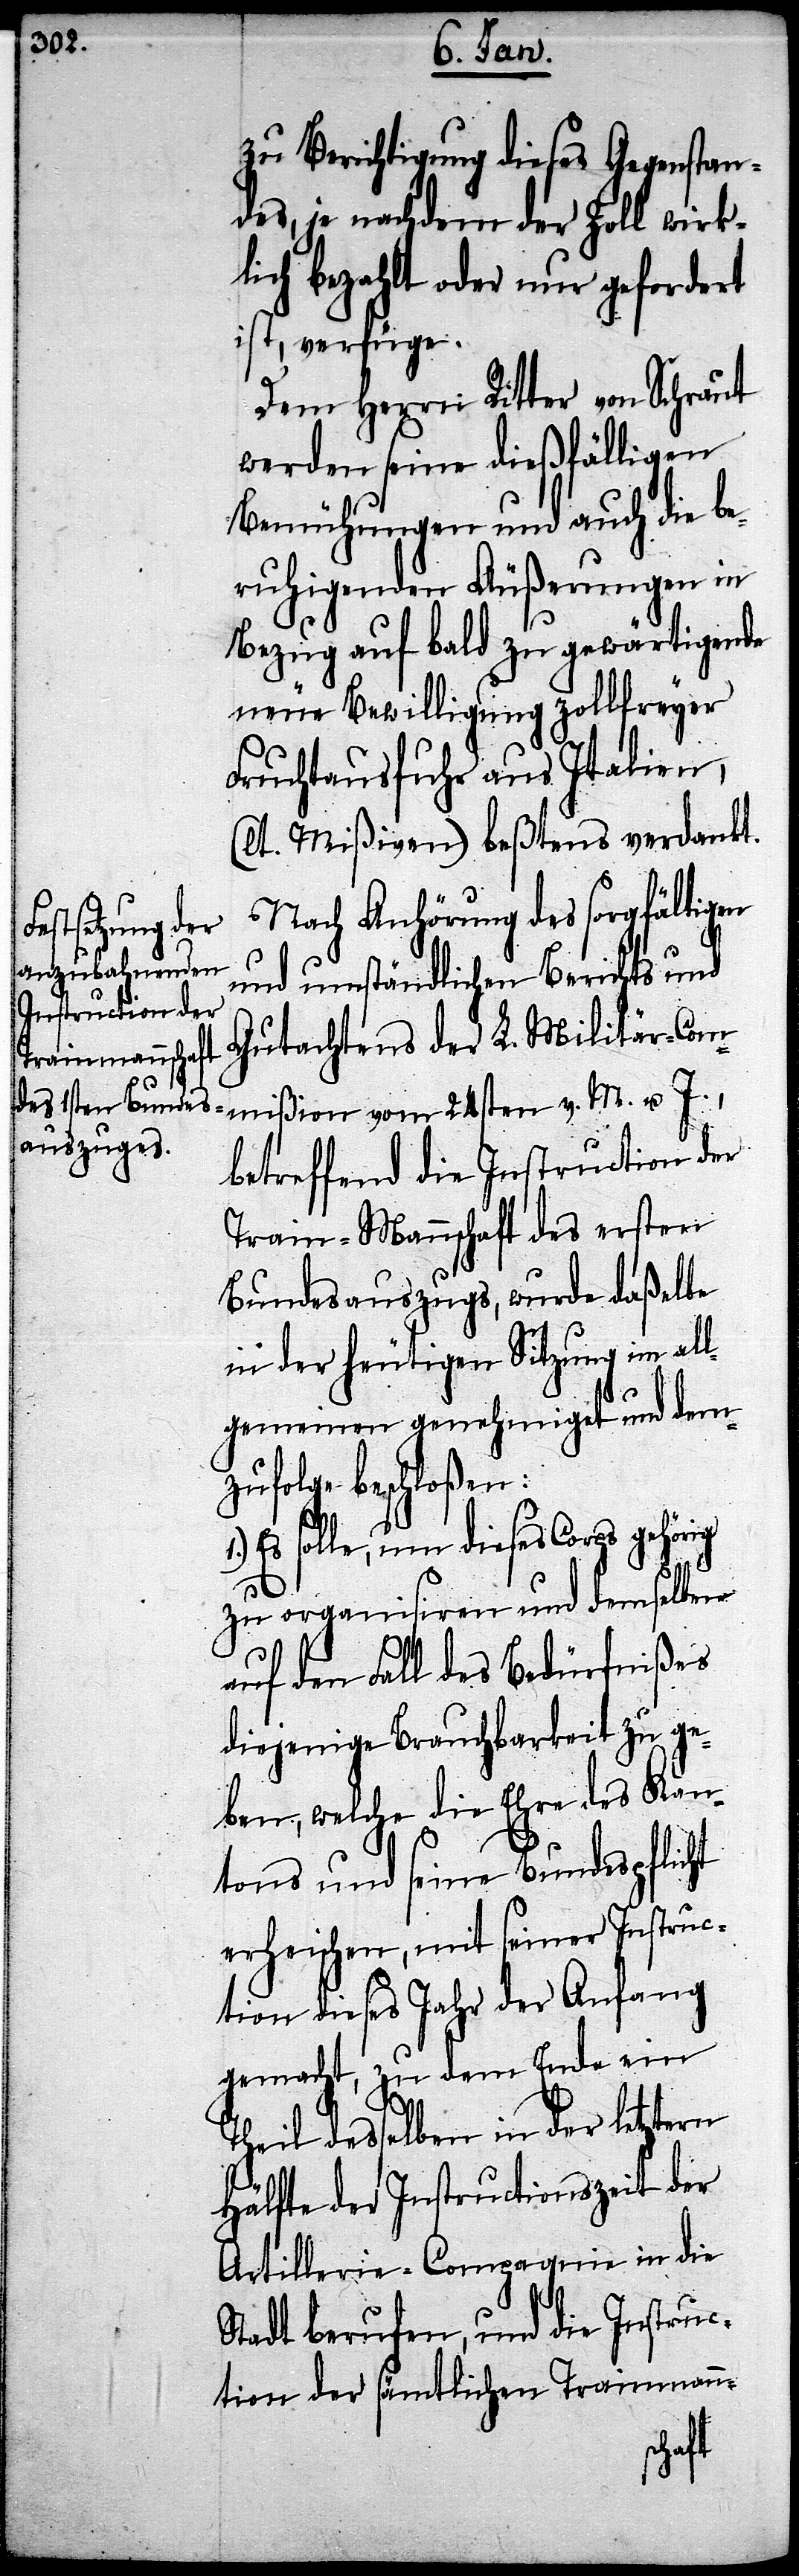
zu Berichtigung dieses Gegenstan¬
des, je nachdem der Zoll wirk¬
lich bezahlt oder nur gefordert
ist, verfüge.
Dem Herrn Ritter von Schraut
werden seine dießfälligen
Bemühungen und auch die be¬
ruhigenden Äußerungen in
Bezug auf bald zu gewärtigende
neue Bewilligung zollfreyer
Fruchtausfuhr aus Italien,
Nach Anhörung des sorgfältigen
und umständlichen Berichts und
Gutachtens der L. Militär-Com¬
mißion vom 24. v. M. u. J.,
betreffend die Instruction der
Train-Mannschaft des ersten
Bundesauszugs, wurde daßelbe
in der heutigen Sitzung im al¬
lgemeinen genehmiget und dem¬
zufolge beschloßen:
Es solle, um dieses Corps gehörig
zu organisiren und demselben
auf den Fall des Bedürfnißes
diejenige Brauchbarkeit zu ge¬
ben, welche die Ehre des Kan¬
tons und seine Bundespflicht
erheischen, mit seiner Instruc¬
tion dieses Jahr der Anfang
gemacht, zu dem Ende ein
Theil desselben in der letztern
Hälfte der Instructionszeit der
Artillerie-Compagnie in die
Stadt berufen, und die Instruc¬
tion der sämtlichen Trainmann-